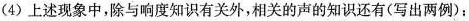
(4)上述现象中，除与响度知识有关外，相关的声的知识还有(写出两例)：